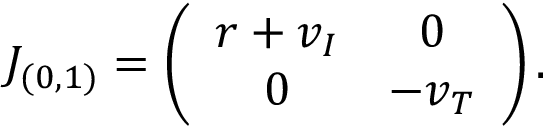
J _ { ( 0 , 1 ) } = \left( \begin{array} { c c } { r + v _ { I } } & { 0 } \\ { 0 } & { - v _ { T } } \end{array} \right) .